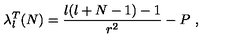
\lambda _ { l } ^ { T } ( N ) = \frac { l ( l + N - 1 ) - 1 } { r ^ { 2 } } - P \ ,